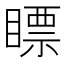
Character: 瞟